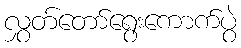
လွှတ်တော်ရွေးကောက်ပွဲ